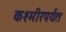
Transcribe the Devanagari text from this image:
कश्मीरपर्यंत